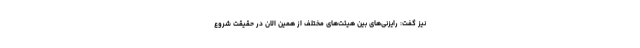
نیز گفت: رایزنی‌های بین هیئت‌های مختلف از همین الان در حقیقت شروع